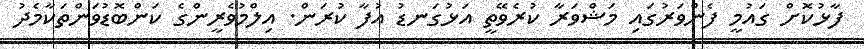
ފާޅުކޮށް ގައުމީ ފެންވަރުގައި މަޝްވަރާ ކުރެވޭތީ އަޅުގަނޑު އުފާ ކުރަން. އިލްމުވެރީންގެ ކަންބޮޑުވަންތަކާމެދު